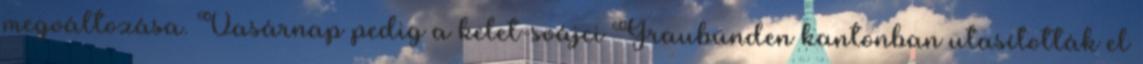
megváltozása. Vasárnap pedig a kelet-svájci Graubünden kantonban utasították el